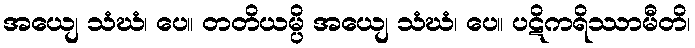
အယျေ သံဃံ၊ ပေ။ တတိယမ္ပိ အယျေ သံဃံ၊ ပေ။ ပဋိကရိဿာမီတိ၊